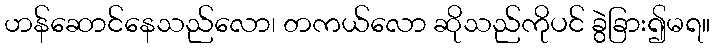
ဟန်ဆောင်နေသည်လော၊ တကယ်လော ဆိုသည်ကိုပင် ခွဲခြား၍မရ။